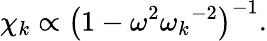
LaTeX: \chi_{k}\propto\left(1-\omega^{2}{\omega_{k}}^{-2}\right)^{-1}.